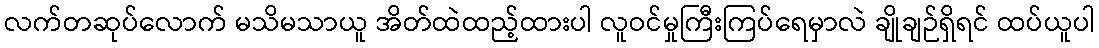
လက်တဆုပ်လောက် မသိမသာယူ အိတ်ထဲထည့်ထားပါ လူဝင်မှုကြီးကြပ်ရေမှာလဲ ချိုချဉ်ရှိရင် ထပ်ယူပါ